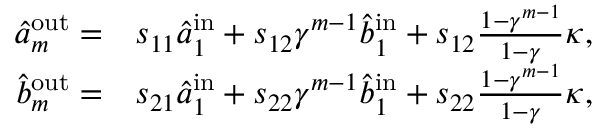
\begin{array} { r l } { \hat { a } _ { m } ^ { \mathrm { { o u t } } } = } & { s _ { 1 1 } \hat { a } _ { 1 } ^ { \mathrm { i n } } + s _ { 1 2 } \gamma ^ { m - 1 } \hat { b } _ { 1 } ^ { \mathrm { { i n } } } + s _ { 1 2 } \frac { 1 - \gamma ^ { m - 1 } } { 1 - \gamma } \kappa , } \\ { \hat { b } _ { m } ^ { \mathrm { o u t } } = } & { s _ { 2 1 } \hat { a } _ { 1 } ^ { \mathrm { { i n } } } + s _ { 2 2 } \gamma ^ { m - 1 } \hat { b } _ { 1 } ^ { \mathrm { i n } } + s _ { 2 2 } \frac { 1 - \gamma ^ { m - 1 } } { 1 - \gamma } \kappa , } \end{array}